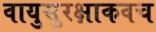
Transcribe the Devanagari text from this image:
वायुसुरक्षाकवच